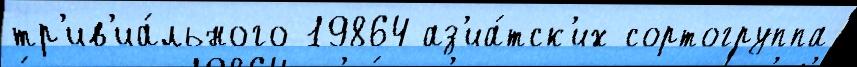
тр'ив'иа́льного 19864 аз'иа́тск'их сортогруппа